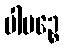
ပါပဉ္စေ